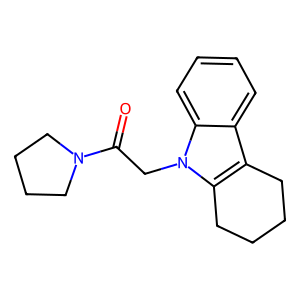
SMILES: O=C(Cn1c2c(c3ccccc31)CCCC2)N1CCCC1
Inhibits HIV replication: No